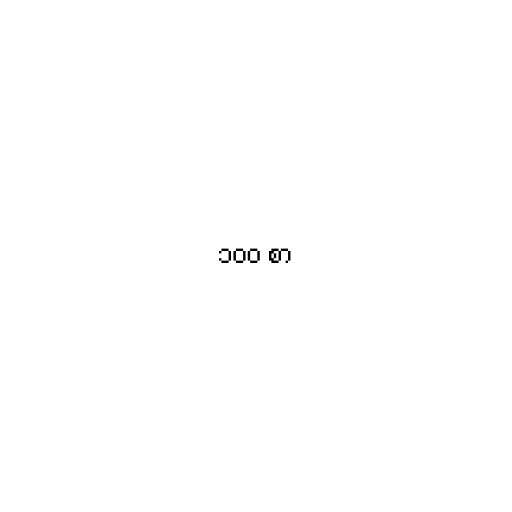
၁၀၀ စာ